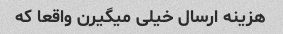
هزینه ارسال خیلی میگیرن واقعا که